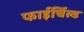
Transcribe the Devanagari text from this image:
फाईर्चिल्ड